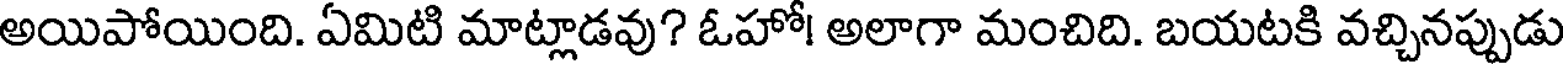
అయిపోయింది. ఏమిటి మాట్లాడవు? ఓహో! అలాగా మంచిది. బయటకి వచ్చినప్పుడు